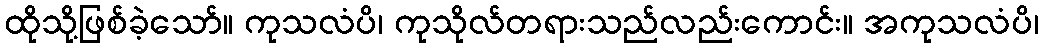
ထိုသို့ဖြစ်ခဲ့သော်။ ကုသလံပိ၊ ကုသိုလ်တရားသည်လည်းကောင်း။ အကုသလံပိ၊